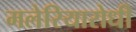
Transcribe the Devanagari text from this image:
मलेरियारोधी